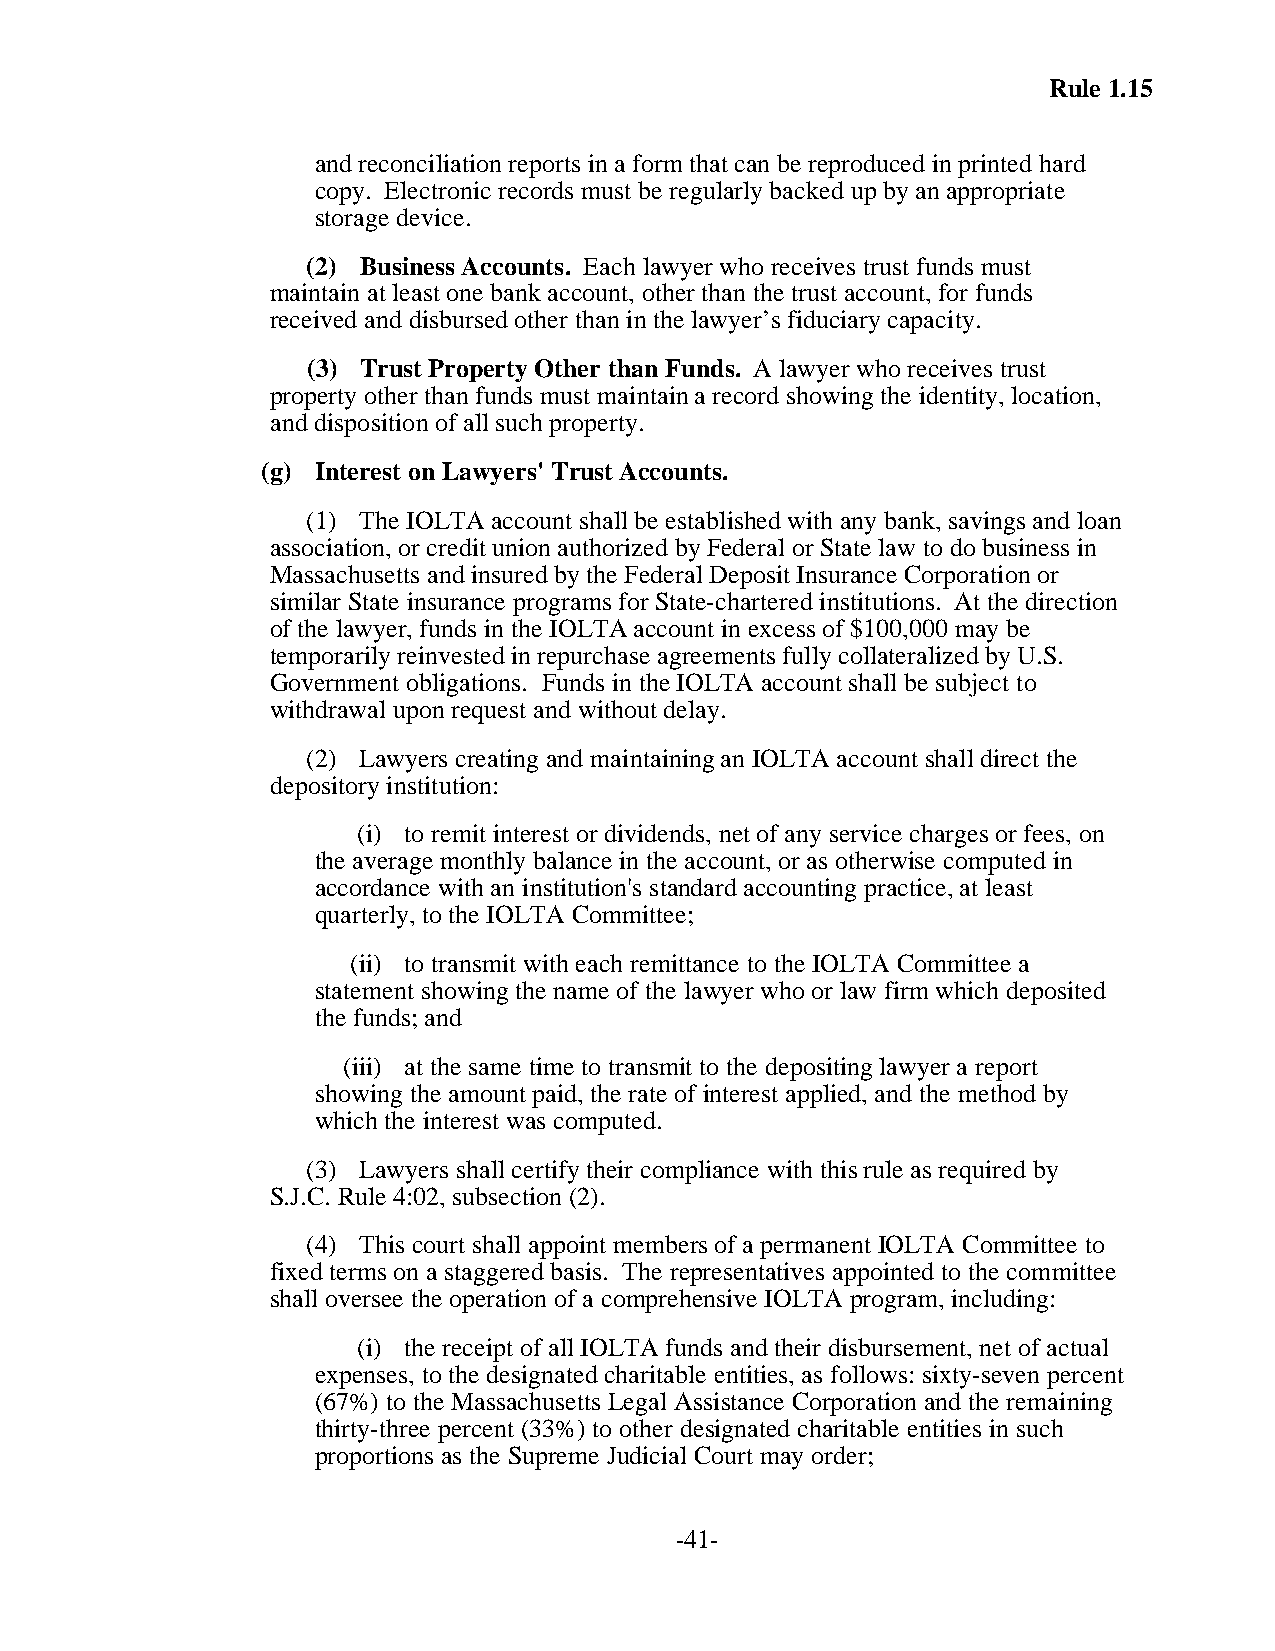
Rule 1.15
 and reconciliation reports in a form that can be reproduced in printed hard
 copy. Electronic records must be regularly backed up by an appropriate
 storage device.
 (2) Business Accounts. Each lawyer who receives trust funds must
 maintain at least one bank account, other than the trust account, for funds
 received and disbursed other than in the lawyer’s fiduciary capacity.
 (3) Trust Property Other than Funds. A lawyer who receives trust
 property other than funds must maintain a record showing the identity, location,
 and disposition of all such property.
 (g) Interest on Lawyers' Trust Accounts.
 (1) The IOLTA account shall be established with any bank, savings and loan
 association, or credit union authorized by Federal or State law to do business in
 Massachusetts and insured by the Federal Deposit Insurance Corporation or
 similar State insurance programs for State-chartered institutions. At the direction
 of the lawyer, funds in the IOLTA account in excess of $100,000 may be
 temporarily reinvested in repurchase agreements fully collateralized by U.S.
 Government obligations. Funds in the IOLTA account shall be subject to
 withdrawal upon request and without delay.
 (2) Lawyers creating and maintaining an IOLTA account shall direct the
 depository institution:
 (i) to remit interest or dividends, net of any service charges or fees, on
 the average monthly balance in the account, or as otherwise computed in
 accordance with an institution's standard accounting practice, at least
 quarterly, to the IOLTA Committee;
 (ii) to transmit with each remittance to the IOLTA Committee a
 statement showing the name of the lawyer who or law firm which deposited
 the funds; and
 (iii) at the same time to transmit to the depositing lawyer a report
 showing the amount paid, the rate of interest applied, and the method by
 which the interest was computed.
 (3) Lawyers shall certify their compliance with this rule as required by
 S.J.C. Rule 4:02, subsection (2).
 (4) This court shall appoint members of a permanent IOLTA Committee to
 fixed terms on a staggered basis. The representatives appointed to the committee
 shall oversee the operation of a comprehensive IOLTA program, including:
 (i) the receipt of all IOLTA funds and their disbursement, net of actual
 expenses, to the designated charitable entities, as follows: sixty-seven percent
 (67%) to the Massachusetts Legal Assistance Corporation and the remaining
 thirty-three percent (33%) to other designated charitable entities in such
 proportions as the Supreme Judicial Court may order;
 -41-